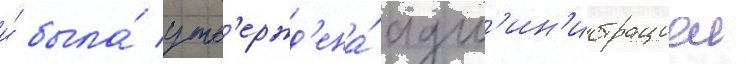
и́ была́ утв'ержд'ена́ адм'ин'истрациеи